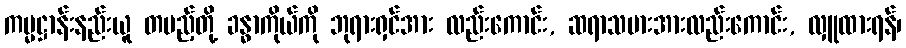
ကမ္မဋ္ဌာန်းနည်းယူ တပည့်တို့ ခန္ဓာကိုယ်ကို ဘုရားရှင်အား လည်းကောင်း, ဆရာသမားအားလည်းကောင်း, လှူထားရန်၊